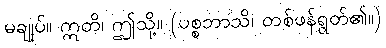
မချုပ်။ ဣတိ၊ ဤသို့။ (ပစ္စဘာသိ၊ တစ်ဖန်ရွတ်၏။)